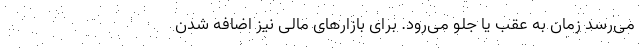
می‌رسد زمان به عقب یا جلو می‌رود. برای بازارهای مالی نیز اضافه شدن